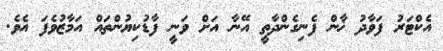
އެކްޓަރު ފަވާދު ޚާން ފެނިގެންދާތީ އޭނާ އަށް ވަނީ ފާޑުކިޔުންތައް އަމާޒުވެފަ އެވެ.